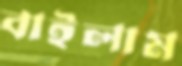
বাইলাম